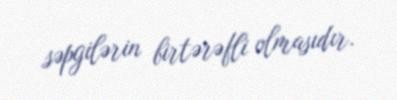
səpgilərin birtərəfli olmasıdır.